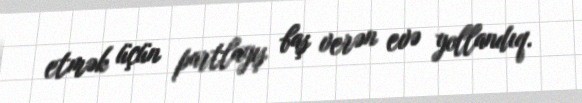
etmək üçün partlayış baş verən evə yollandıq.